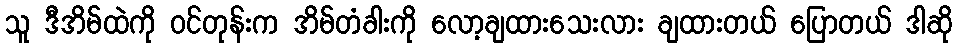
သူ ဒီအိမ်ထဲကို ဝင်တုန်းက အိမ်တံခါးကို လော့ချထားသေးလား ချထားတယ် ပြောတယ် ဒါဆို